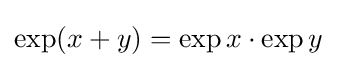
\exp(x+y)=\exp x\cdot \exp y